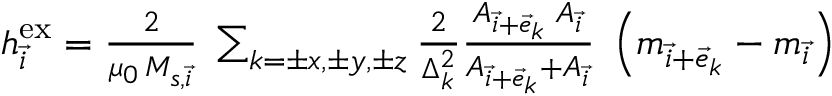
\begin{array} { r } { \boldsymbol { h } _ { \vec { i } } ^ { \mathrm { e x } } = \frac { 2 } { \mu _ { 0 } \, M _ { s , \vec { i } } } \; \sum _ { k = \pm x , \pm y , \pm z } \frac { 2 } { \Delta _ { k } ^ { 2 } } \frac { A _ { \vec { i } + \vec { e } _ { k } } \; A _ { \vec { i } } } { A _ { \vec { i } + \vec { e } _ { k } } + A _ { \vec { i } } } \; \left( \boldsymbol { m } _ { \vec { i } + \vec { e } _ { k } } - \boldsymbol { m } _ { \vec { i } } \right) } \end{array}